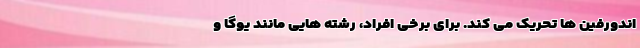
اندورفین ها تحریک می کند. برای برخی افراد، رشته هایی مانند یوگا و